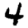
Digit: 4